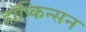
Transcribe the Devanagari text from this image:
हॉप्किन्सन